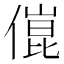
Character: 𠍕